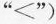
”<”)